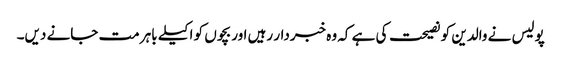
پولیس نے والدین کو نصیحت کی ہے کہ وہ خبردار رہیں اور بچوں کو اکیلے باہر مت جانے دیں۔